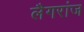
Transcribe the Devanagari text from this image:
लैगरांज